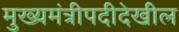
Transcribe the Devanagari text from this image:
मुख्यमंत्रीपदीदेखील